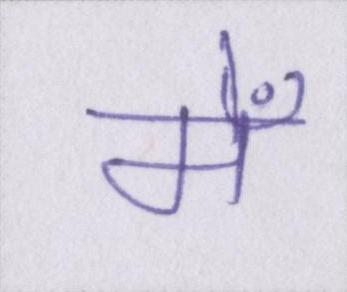
मेँ